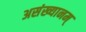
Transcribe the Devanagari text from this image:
असंख्यानम्‌